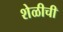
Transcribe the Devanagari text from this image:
शेळीची